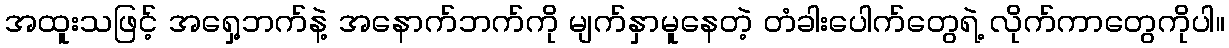
အထူးသဖြင့် အရှေ့ဘက်နဲ့ အနောက်ဘက်ကို မျက်နှာမူနေတဲ့ တံခါးပေါက်တွေရဲ့ လိုက်ကာတွေကိုပါ။